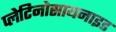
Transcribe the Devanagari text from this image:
प्लेटिनोसायनाइड